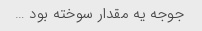
جوجه یه مقدار سوخته بود …